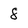
Character: 8